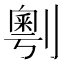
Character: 𠟲